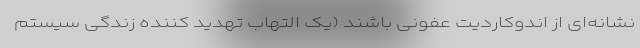
نشانه‌ای از اندوکاردیت عفونی باشند (یک التهاب تهدید کننده زندگی سیستم